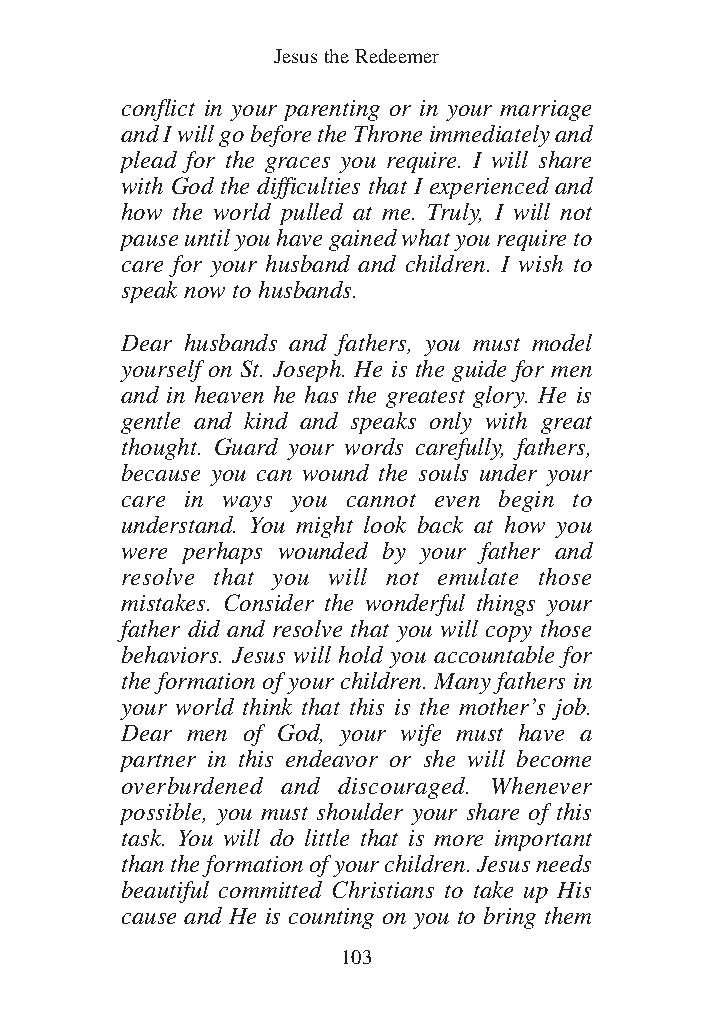
DFOT Vol 5 No App_1 12/3/13 8:54 PM Page 103
 Jesus the Redeemer
 conflict in your parenting or in your marriage
 and I will go before the Throne immediately and
 plead for the graces you require. I will share
 with God the difficulties that I experienced and
 how the world pulled at me. Truly, I will not
 pause until you have gained what you require to
 care for your husband and children. I wish to
 speak now to husbands.
 Dear husbands and fathers, you must model
 yourself on St. Joseph. He is the guide for men
 and in heaven he has the greatest glory. He is
 gentle and kind and speaks only with great
 thought. Guard your words carefully, fathers,
 because you can wound the souls under your
 care in ways you cannot even begin to
 understand. You might look back at how you
 were perhaps wounded by your father and
 resolve that you will not emulate those
 mistakes. Consider the wonderful things your
 father did and resolve that you will copy those
 behaviors. Jesus will hold you accountable for
 the formation of your children. Many fathers in
 your world think that this is the mother’s job.
 Dear men of God, your wife must have a
 partner in this endeavor or she will become
 overburdened and discouraged. Whenever
 possible, you must shoulder your share of this
 task. You will do little that is more important
 than the formation of your children. Jesus needs
 beautiful committed Christians to take up His
 cause and He is counting on you to bring them
 103